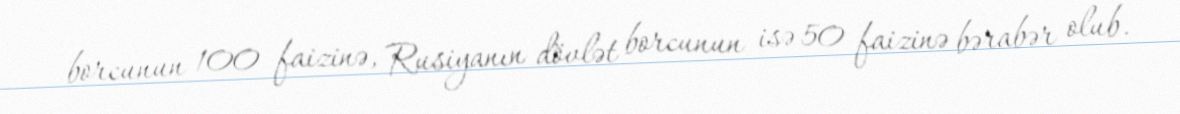
borcunun 100 faizinə, Rusiyanın dövlət borcunun isə 50 faizinə bərabər olub.